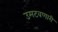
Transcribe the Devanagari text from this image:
उमटवणारी